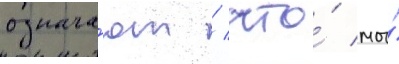
означа́ют / что́ мы́